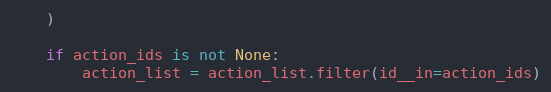
Language: Python
    )

    if action_ids is not None:
        action_list = action_list.filter(id__in=action_ids)